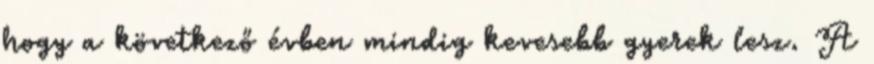
hogy a következő évben mindig kevesebb gyerek lesz. A